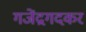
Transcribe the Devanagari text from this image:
गजेंद्रगदकर